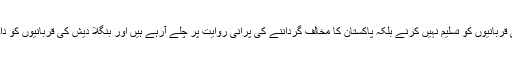
وہ جماعت اسلامی کی قربانیوں کو تسلیم نہیں کرنے بلکہ پاکستان کا مخالف گرداننے کی پرانی روایت پر چلے آرہے ہیں اور بنگلا دیش کی قربانیوں کو داخلی معاملہ کہتے ہیں۔